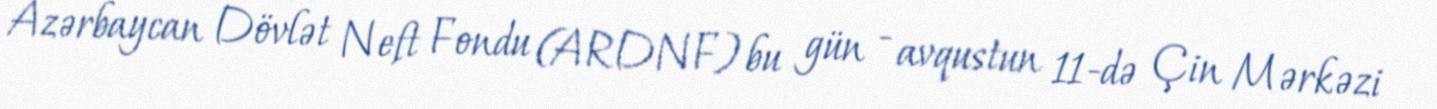
Azərbaycan Dövlət Neft Fondu (ARDNF) bu gün - avqustun 11-də Çin Mərkəzi